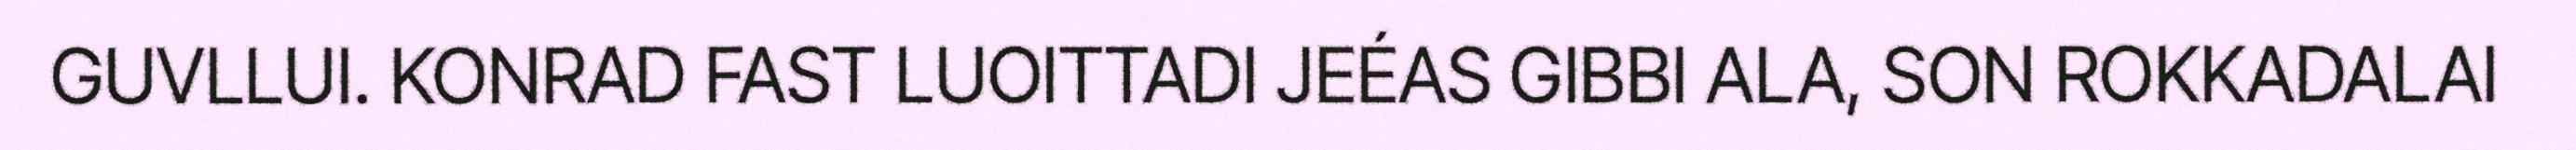
GUVLLUI. KONRAD FAST LUOITTADI JEÉAS GIBBI ALA, SON ROKKADALAI